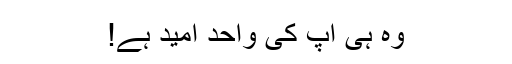
وہ ہی آپ کی واحد اُمید ہے!